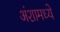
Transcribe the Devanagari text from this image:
अंशामध्ये